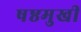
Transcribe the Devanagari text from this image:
षष्ठमुखी